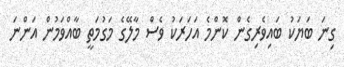
ގިނަ ބަޔަކު ބައިވެރިގެން ކޮންމެ އަހަރަކު ވެސް މާލޭގެ މަގުމަތީ ބާއްވަމުން އަންނަ